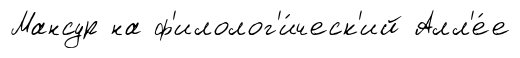
Мансур на ф'илолог'и́ческ'ий Алл'е́е